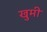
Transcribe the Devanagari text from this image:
खुमी